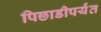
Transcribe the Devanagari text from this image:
पिछाडीपर्यंत